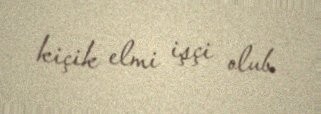
kiçik elmi işçi olub.